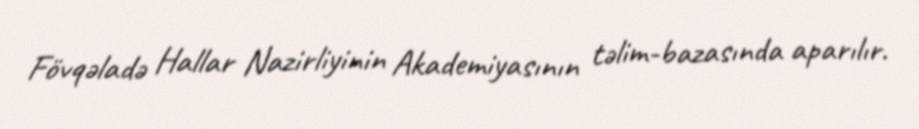
Fövqəladə Hallar Nazirliyinin Akademiyasının təlim-bazasında aparılır.